Annual vaccination report of Bihar and Orissa - 1911-1928
Year: 1911
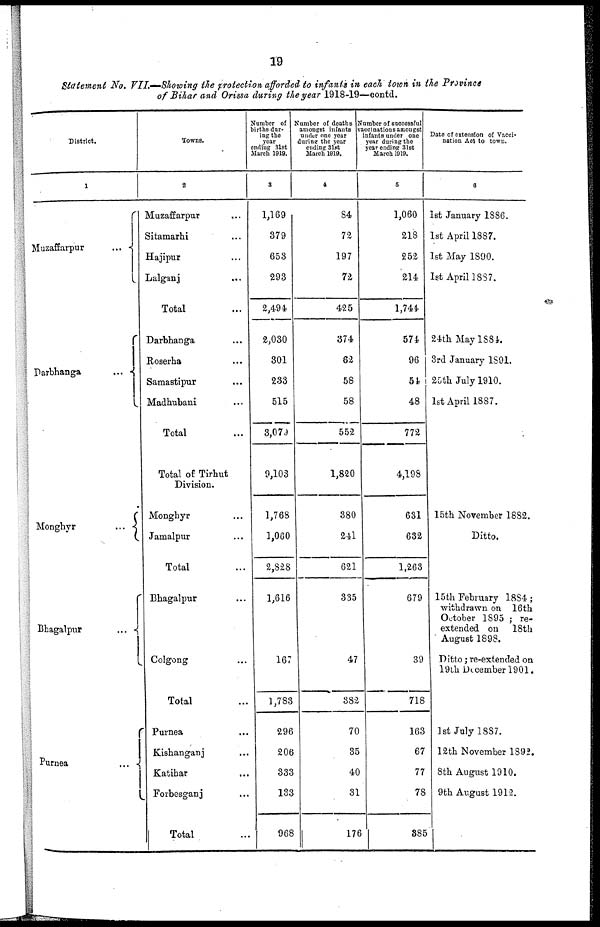
19
Statement No. VII.—Showing the protection afforded to infants in each town in the Province
of Bihar and Orissa during the year 1918-19—contd.
District.
1
Muzaffarpur
...
Darbhanga
...
Monghyr
...
Bhagalpur
...
Purnea
...
Towns.
2
Muzaffarpur ...
Sitamarhi ...
Hajipur ...
Lalganj ...
Total ...
Darbhanga ...
Roserha ...
Samastipur ...
Madhubani ...
Total ...
Total of Tirhut
Division.
Monghyr ...
Jamalpur ...
Total ...
Bhagalpur ...
Colgong ...
Total ...
Purnea ...
Kishanganj ...
Katihar ...
Forbesganj ...
Total ...
Number of
births dur-
ing the
year
ending 31st
March 1919.
3
1,169
879
653
293
2,494
2,030
301
233
515
3,079
9,103
1,768
1,060
2,828
1,616
167
1,783
296
206
333
133
968
Number of deaths
amongst infants
under one year
during the year
ending 31st
March 1919.
4
84
72
197
72
425
374
62
58
58
552
1,820
380
241
621
335
47
382
70
35
40
31
176
Number of successful
vaccinations amongst
infants under one
year during the
year ending 31st
March 1919.
5
1,060
218
252
214
1,744
574
96
54
48
772
4,198
631
632
1,263
679
39
718
163
67
77
78
385
Date of extension of Vacci-
nation Act to town.
6
1st January 1886.
1st April 1887.
1st May 1890.
1st April 1887.
24th May 1884.
3rd January 1891.
25th July 1910.
1st April 1887.
15th November 1882.
Ditto.
15th February 1884;
withdrawn on 16th
October 1895 ; re-
extended on 18th
August 1898.
Ditto; re-extended on
19th December 1901.
1st July 1887.
12th November 1892.
8th August 1910.
9th August 1912.